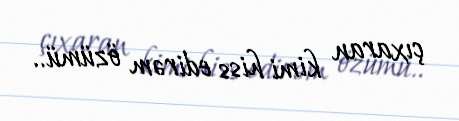
çıxaran kimi hiss edirəm özümü..